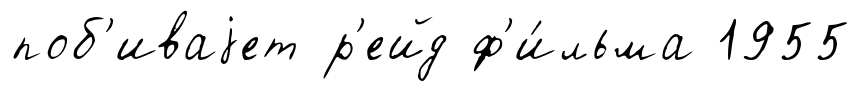
поб'иваjет р'ейд ф'и́льма 1955